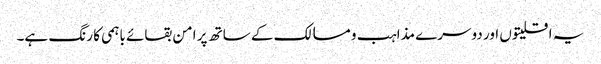
یہ اقلیتوں اور دوسرے مذاہب و مسالک کے ساتھ پر امن بقائے باہمی کا رنگ ہے۔